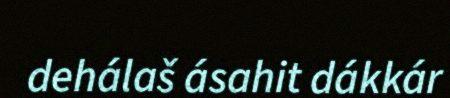
dehálaš ásahit dákkár